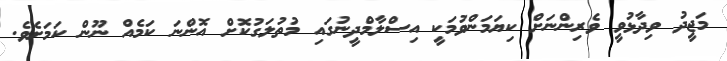
މަޖީދު ވިދާޅުވީ ވެރިންނަށް ކިޔަމަންވުމަކީ އިސްލާމްދީނުގައި މުތުލަގުކޮށް އޮންނަ ކަމެއް ނޫން ކަމަށެވެ.